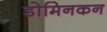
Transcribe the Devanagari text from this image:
डोमिनकन